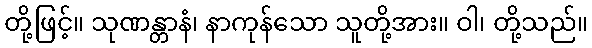
တို့ဖြင့်။ သုဏန္တာနံ၊ နာကုန်သော သူတို့အား။ ဝါ၊ တို့သည်။